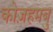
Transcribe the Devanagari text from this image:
कोज़हमबु